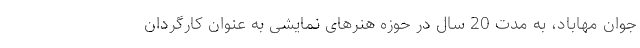
جوان مهاباد، به مدت 20 سال در حوزه هنرهای نمایشی به عنوان کارگردان